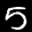
Label: 5